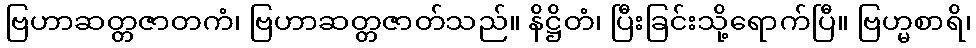
ဗြဟာဆတ္တဇာတကံ၊ ဗြဟာဆတ္တဇာတ်သည်။ နိဋ္ဌိတံ၊ ပြီးခြင်းသို့ရောက်ပြီ။ ဗြဟ္မစာရိ၊